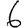
Digit: 6